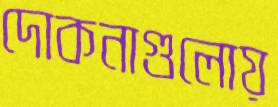
দোকনাগুলোয়